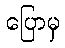
ပြောမှ